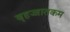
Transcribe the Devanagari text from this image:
बृहज्जातकम